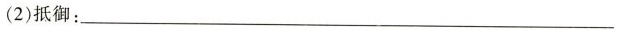
(2)抵御：___